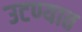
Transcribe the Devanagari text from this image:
उटण्यात